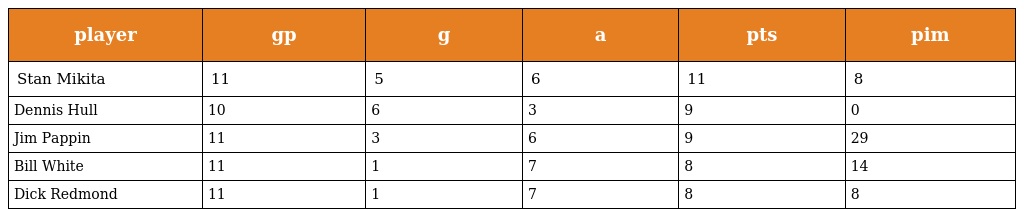
| player | gp | g | a | pts | pim |
 | --- | --- | --- | --- | --- | --- |
 | Stan Mikita | 11 | 5 | 6 | 11 | 8 |
 | Dennis Hull | 10 | 6 | 3 | 9 | 0 |
 | Jim Pappin | 11 | 3 | 6 | 9 | 29 |
 | Bill White | 11 | 1 | 7 | 8 | 14 |
 | Dick Redmond | 11 | 1 | 7 | 8 | 8 |